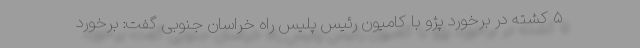
۵ کشته در برخورد پژو با کامیون رئیس پلیس راه خراسان جنوبی گفت: برخورد